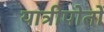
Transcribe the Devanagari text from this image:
यात्रीपोतों